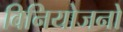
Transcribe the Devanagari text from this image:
विनियोजनों